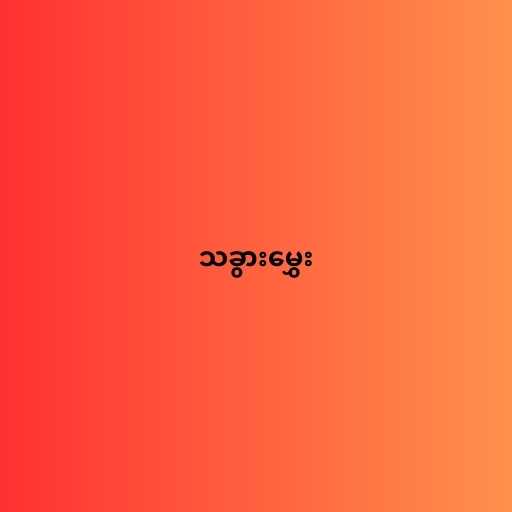
သခွားမွှေး